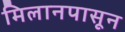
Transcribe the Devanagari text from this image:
मिलानपासून